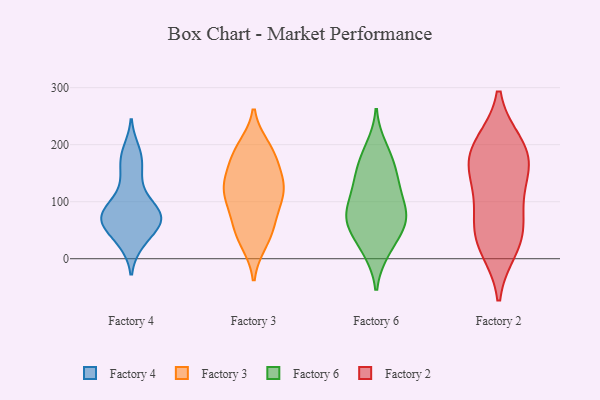
{"axis": {"x": "Active Users", "y": "Value"}, "legend": ["Factory 2", "Factory 3", "Factory 4", "Factory 6"], "data": [{"x": "", "y": 28, "type": "Factory 4"}, {"x": "", "y": 111, "type": "Factory 4"}, {"x": "", "y": 81, "type": "Factory 4"}, {"x": "", "y": 29, "type": "Factory 4"}, {"x": "", "y": 163, "type": "Factory 4"}, {"x": "", "y": 64, "type": "Factory 4"}, {"x": "", "y": 72, "type": "Factory 4"}, {"x": "", "y": 80, "type": "Factory 4"}, {"x": "", "y": 65, "type": "Factory 4"}, {"x": "", "y": 189, "type": "Factory 4"}, {"x": "", "y": 180, "type": "Factory 4"}, {"x": "", "y": 75, "type": "Factory 4"}, {"x": "", "y": 56, "type": "Factory 4"}, {"x": "", "y": 140, "type": "Factory 4"}, {"x": "", "y": 92, "type": "Factory 4"}, {"x": "", "y": 64, "type": "Factory 4"}, {"x": "", "y": 27, "type": "Factory 3"}, {"x": "", "y": 90, "type": "Factory 3"}, {"x": "", "y": 159, "type": "Factory 3"}, {"x": "", "y": 177, "type": "Factory 3"}, {"x": "", "y": 122, "type": "Factory 3"}, {"x": "", "y": 117, "type": "Factory 3"}, {"x": "", "y": 124, "type": "Factory 3"}, {"x": "", "y": 65, "type": "Factory 3"}, {"x": "", "y": 188, "type": "Factory 3"}, {"x": "", "y": 52, "type": "Factory 3"}, {"x": "", "y": 103, "type": "Factory 3"}, {"x": "", "y": 133, "type": "Factory 3"}, {"x": "", "y": 117, "type": "Factory 3"}, {"x": "", "y": 29, "type": "Factory 3"}, {"x": "", "y": 147, "type": "Factory 3"}, {"x": "", "y": 193, "type": "Factory 3"}, {"x": "", "y": 197, "type": "Factory 3"}, {"x": "", "y": 61, "type": "Factory 3"}, {"x": "", "y": 57, "type": "Factory 6"}, {"x": "", "y": 99, "type": "Factory 6"}, {"x": "", "y": 73, "type": "Factory 6"}, {"x": "", "y": 182, "type": "Factory 6"}, {"x": "", "y": 144, "type": "Factory 6"}, {"x": "", "y": 59, "type": "Factory 6"}, {"x": "", "y": 158, "type": "Factory 6"}, {"x": "", "y": 121, "type": "Factory 6"}, {"x": "", "y": 14, "type": "Factory 6"}, {"x": "", "y": 195, "type": "Factory 6"}, {"x": "", "y": 70, "type": "Factory 6"}, {"x": "", "y": 52, "type": "Factory 6"}, {"x": "", "y": 77, "type": "Factory 6"}, {"x": "", "y": 100, "type": "Factory 6"}, {"x": "", "y": 142, "type": "Factory 6"}, {"x": "", "y": 13, "type": "Factory 6"}, {"x": "", "y": 200, "type": "Factory 2"}, {"x": "", "y": 37, "type": "Factory 2"}, {"x": "", "y": 174, "type": "Factory 2"}, {"x": "", "y": 168, "type": "Factory 2"}, {"x": "", "y": 76, "type": "Factory 2"}, {"x": "", "y": 150, "type": "Factory 2"}, {"x": "", "y": 113, "type": "Factory 2"}, {"x": "", "y": 199, "type": "Factory 2"}, {"x": "", "y": 42, "type": "Factory 2"}, {"x": "", "y": 20, "type": "Factory 2"}]}